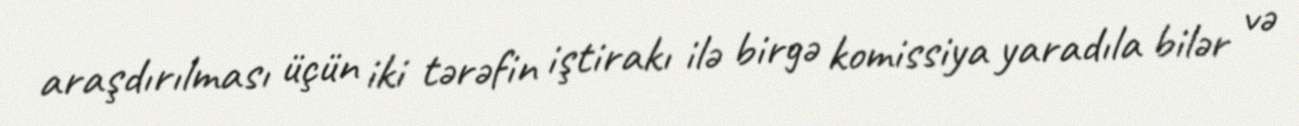
araşdırılması üçün iki tərəfin iştirakı ilə birgə komissiya yaradıla bilər və